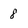
Character: 8